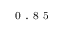
_ \mathrm { ~ 0 ~ . ~ 8 ~ 5 ~ }